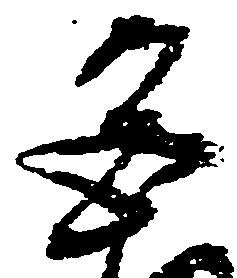
宮